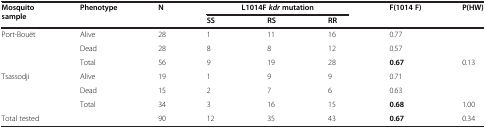
| Mosquito sample | Phenotype | N | <COLSPAN=3> L1014F kdr mutation | F(1014 F) | P(HW) |
 |  |  |  | SS | RS | RR |  |  |
 | --- | --- | --- | --- | --- | --- | --- | --- |
 | Port-Bouët | Alive | 28 | 1 | 11 | 16 | 0.77 |  |
 |  | Dead | 28 | 8 | 8 | 12 | 0.57 |  |
 |  | Total | 56 | 9 | 19 | 28 | 0.67 | 0.13 |
 | Tsassodji | Alive | 19 | 1 | 9 | 9 | 0.71 |  |
 |  | Dead | 15 | 2 | 7 | 6 | 0.63 |  |
 |  | Total | 34 | 3 | 16 | 15 | 0.68 | 1.00 |
 | Total tested |  | 90 | 12 | 35 | 43 | 0.67 | 0.34 |